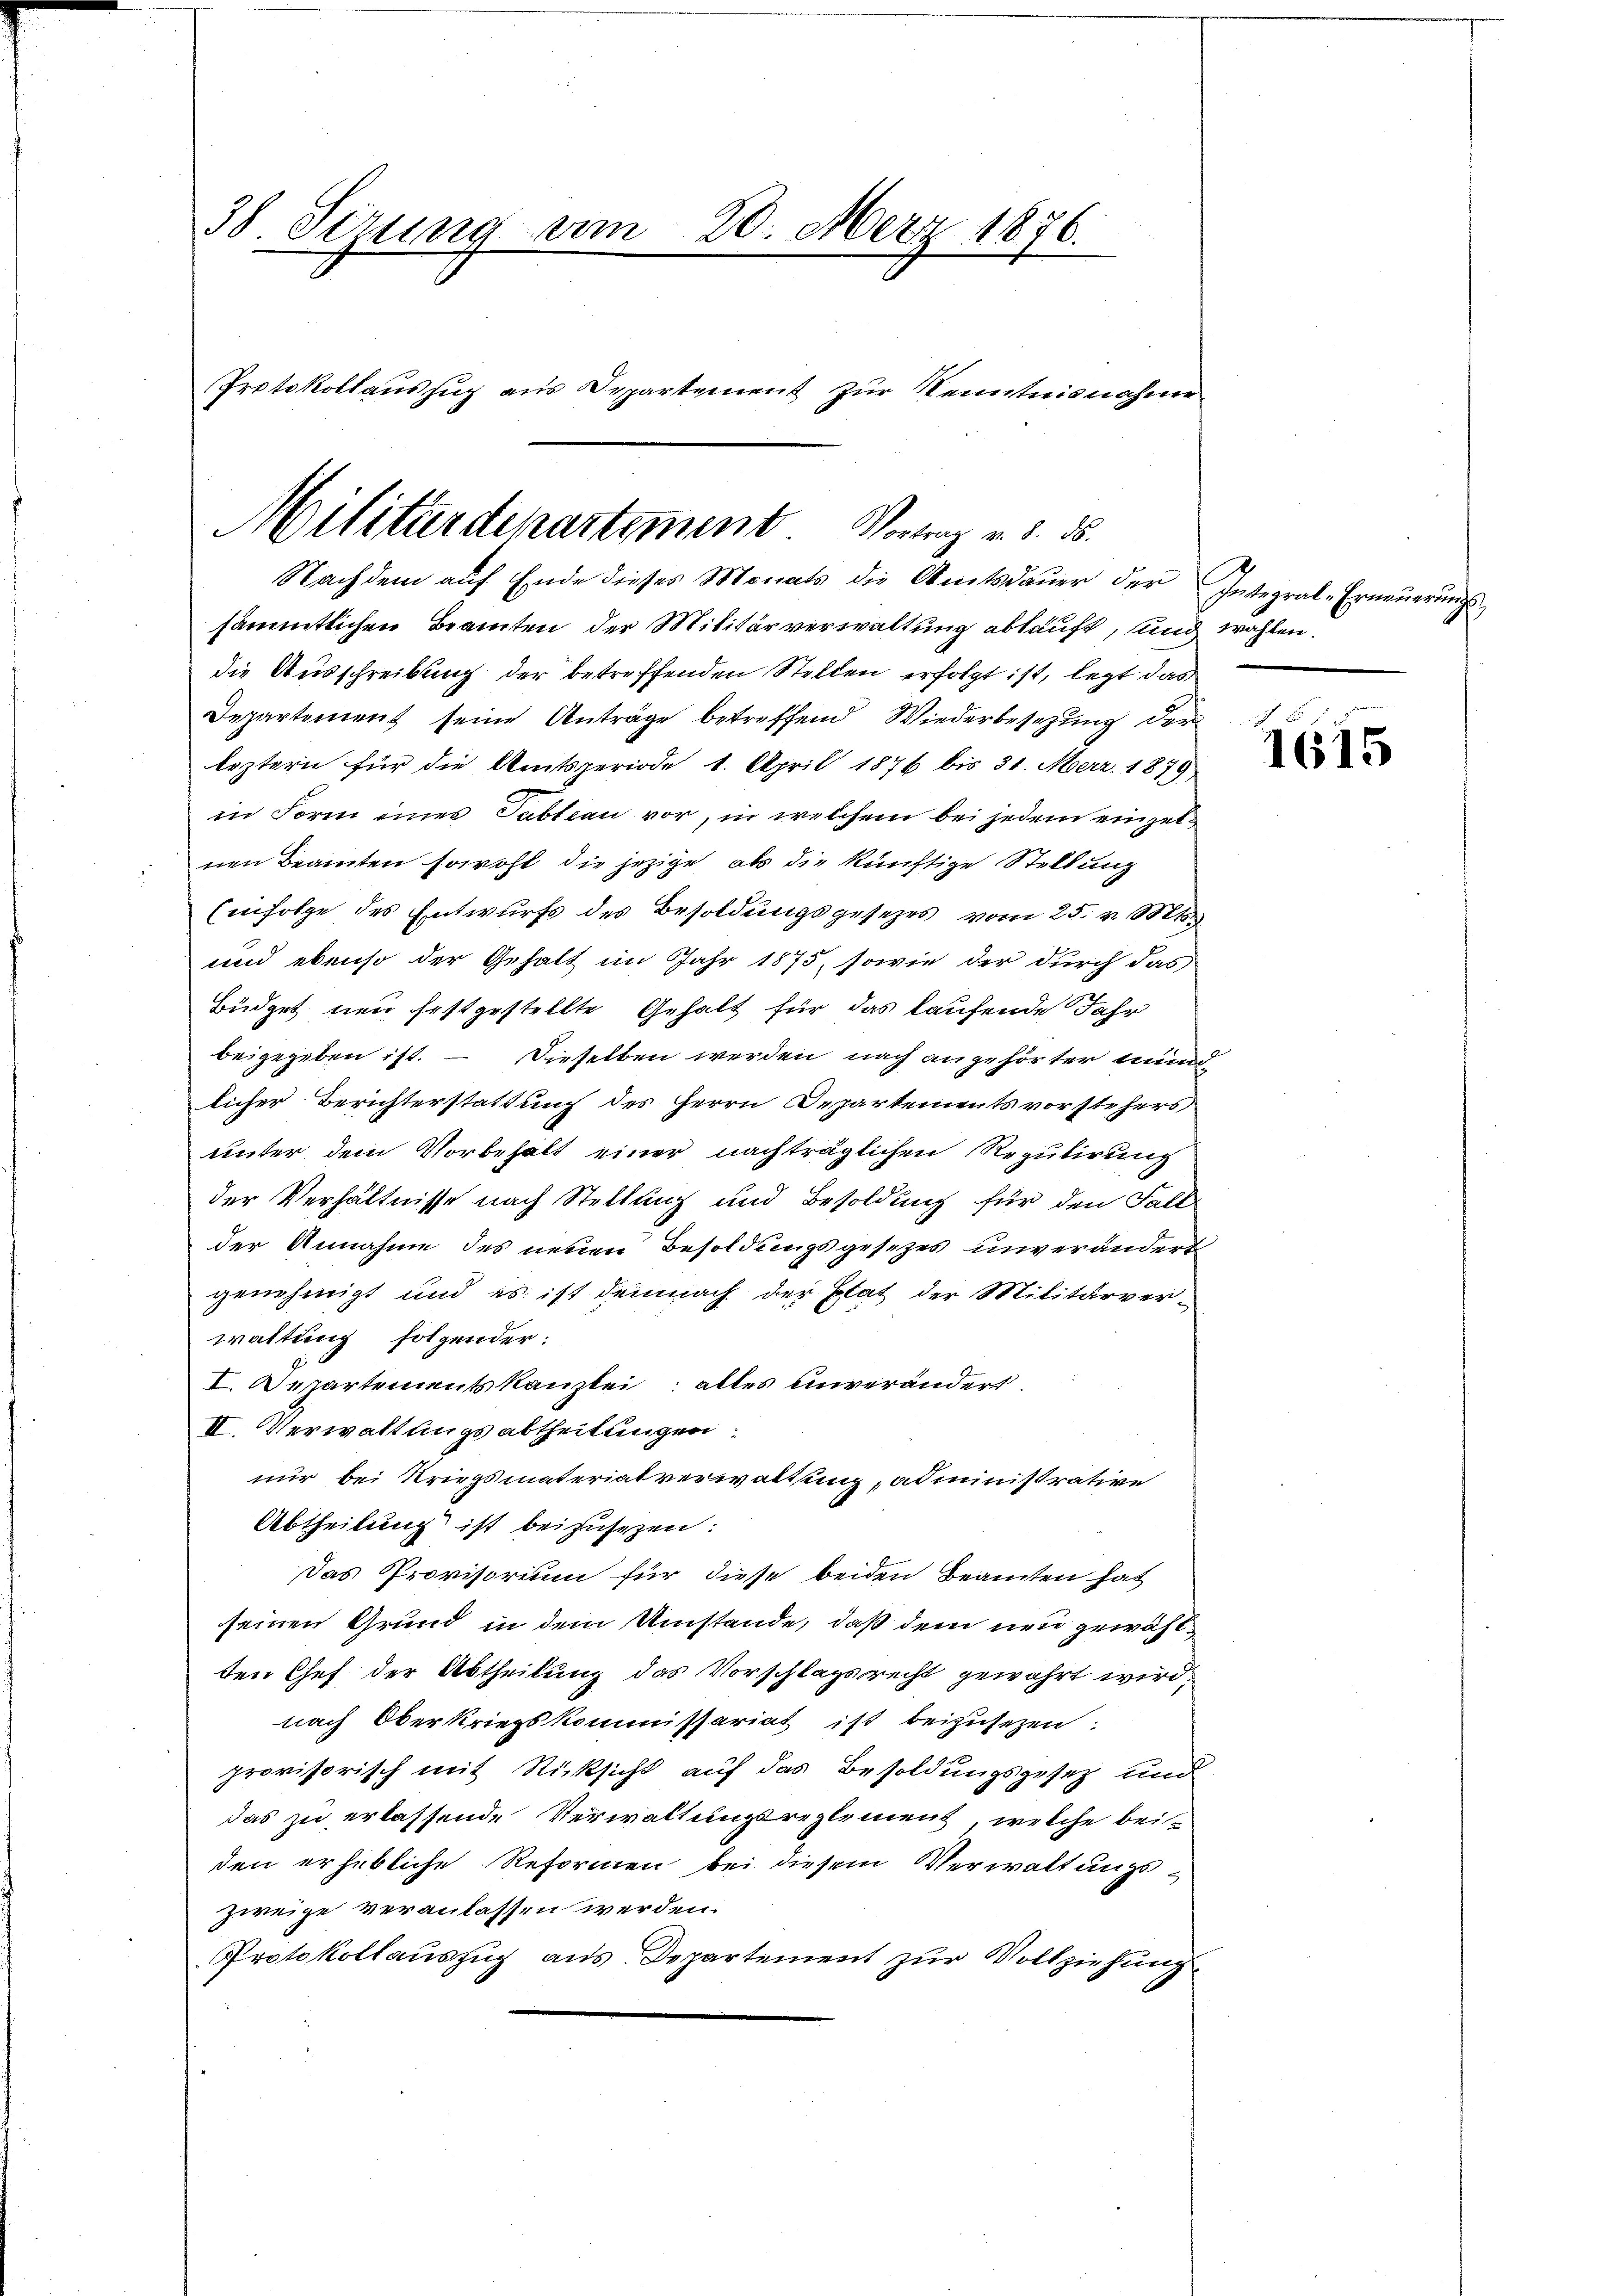
38 Sirung am 20. März 1886.
Protokollauszug aus Departement zur Kenntnisnahme

Militärdepartement. Vortrag v. 8. ds.
Nachdem aŭf Ende dieses Monats die Amtsdaŭer der Integral-Erneŭerŭngs-

sämmtlichen Beamten der Militärverwaltung abkauft, und wahlen.
die Ausschreibung der betreffenden Stellen erfolgt ist, legt das
Departement seine Anträge betreffend Wiederbesetzung der
leztern für die Amtsperiode 1. April 1876 bis 31. Merz. 1879
in Form eines Tableau vor, in welchem bei jedem einzelnen Beamten sowohl die jezige, als die künftige Stellung
Einfolge des Entwurfs des Besoldungsgesetzes vom 25. v. Mts.
und ebenso der Gehalt im Jahr 1875, sowie der durch das
Büdget neu festgestellte Gehalt für das laufende Jahr
beigegeben ist. — Dieselben werden nach angehörter mund
licher Berichterstattung des Herrn Departements vorstehers
unter dem Vorbehalt einer nachträglichen Regulirung
der Verhältnisse nach Stellung und Besoldung für den Fall
der Annahme des neuen Besoldungsgesezes unverändert
genehmigt und es ist demnach der Etat der Militärverwaltung folgender:
I. Departementskanzlei alles unverändert.
II. Verwaltungsabtheilungen
nur bei Kriegsmateriatverwaltung, administrative
Abtheilung ist beizusetzen:
Das Provisorium für diese beiden Beamten hat
seinen Grund in dem Umstände, daß dem neu gewählten Chef der Abtheilung das Vorschlagsrecht gewährt wird.
nach Oberkriegskommissariat ist beizusetzen.
provisorisch mit Rücksicht auf das Besoldungsgesetz und
das zu erlassende Verwaltungsreglement, welche beiden erhebliche Reformen bei diesem Verwaltungs-
zweige veranlassen werden.
Protokollauszug aus. Departement zur Vollziehung

1615